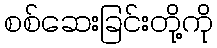
စစ်ဆေးခြင်းတို့ကို